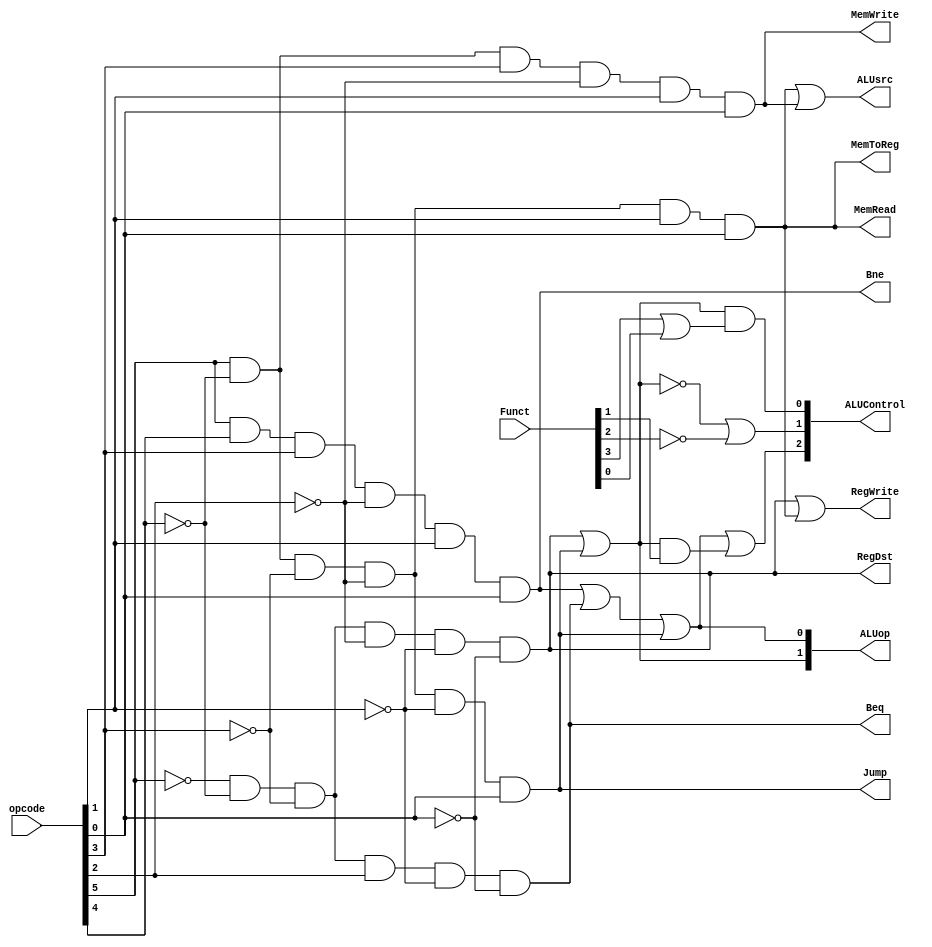
module NewControlLogic (opcode, ALUsrc, ALUop, RegDst, MemWrite, MemRead, Beq, Bne, Jump, MemToReg, RegWrite, Funct, ALUControl);
	//Input
	input [5:0] opcode;
	input [5:0] Funct;

	//Output
	output ALUsrc, RegDst, MemWrite, MemRead, Beq, Bne, Jump, MemToReg, RegWrite;
	output [1:0] ALUop;
	output [2:0] ALUControl;

	//Temp variables
	reg RFormat, lw, sw, beq, bne, jmp;

	reg ALUsrc, RegDst, MemWrite, MemRead, Beq, Bne, Jump, MemToReg, RegWrite, ALU;
	reg [1:0] ALUop;
	reg [2:0] ALUControl;

	always@(opcode)
	begin
	   RFormat = (~opcode[5] & ~opcode[4] & ~opcode[3] & ~opcode[2] & ~opcode[1] & ~opcode[0]);
	   lw = (opcode[5] & ~opcode[4] & ~opcode[3] & ~opcode[2] & opcode[1] & opcode[0]);
	   sw = (opcode[5] & ~opcode[4] & opcode[3] & ~opcode[2] & opcode[1] & opcode[0]);
	   beq = (~opcode[5] & ~opcode[4] & ~opcode[3] & opcode[2] & ~opcode[1] & ~opcode[0]);
	   bne = (opcode[5] & opcode[4] & opcode[3] & ~opcode[2] & opcode[1] & opcode[0]);
	   jmp = (opcode[5] & ~opcode[4] & ~opcode[3] & ~opcode[2] & ~opcode[1] & opcode[0]);

	   ALUsrc = (lw | sw);
	   RegDst = RFormat;
	   MemWrite = sw; 
	   MemRead = lw;
	   Beq = beq;
	   Bne = bne;
	   Jump = jmp;
	   MemToReg = lw;
	   RegWrite = (RFormat | lw);
	   ALUop[0] = (bne | beq | jmp);
	   ALUop[1] = (RFormat | jmp);

		ALUControl[2] = ALUop[0] | (ALUop[1] & Funct[1]);
		ALUControl[1] = ~(ALUop[1]) | ~(Funct[2]);
		ALUControl[0] = ALUop[1] & (Funct[3] | Funct[0]);
	end

endmodule